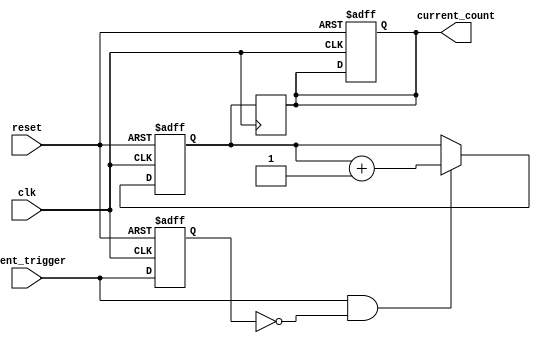
module event_triggered_counter (
    input wire clk,                // System clock
    input wire reset,              // Reset signal
    input wire event_trigger,      // Event trigger signal
    output reg [7:0] current_count // Current count output (8-bit for example)
);

    // Memory block to store the count value
    reg [7:0] memory_block;         // 8-bit memory block to store count

    // Edge detection for the event_trigger signal
    reg event_trigger_prev;         // Previous state of the event_trigger signal

    always @(posedge clk or posedge reset) begin
        if (reset) begin
            // Initialize the counter on reset
            memory_block <= 8'b0;    // Set memory block to 0
            current_count <= 8'b0;    // Set current count to 0
            event_trigger_prev <= 1'b0; // Reset previous event trigger state
        end else begin
            // Edge detection logic
            if (event_trigger && !event_trigger_prev) begin
                // Rising edge detected
                memory_block <= memory_block + 1; // Increment the count in memory
            end
            // Update previous event_trigger state
            event_trigger_prev <= event_trigger;
        end
    end

    // Output the current count from memory block
    always @(posedge clk) begin
        current_count <= memory_block; // Read current count from memory block
    end

endmodule